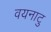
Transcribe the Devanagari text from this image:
वयनाटु